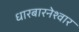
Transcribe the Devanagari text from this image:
धारबारनेश्‍वार